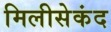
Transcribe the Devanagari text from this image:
मिलीसेकंद